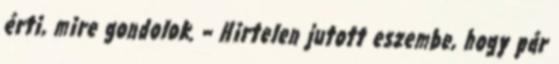
érti, mire gondolok. – Hirtelen jutott eszembe, hogy pár